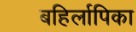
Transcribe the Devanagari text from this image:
बहिर्लापिका